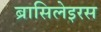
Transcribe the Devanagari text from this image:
ब्रासिलेइरस